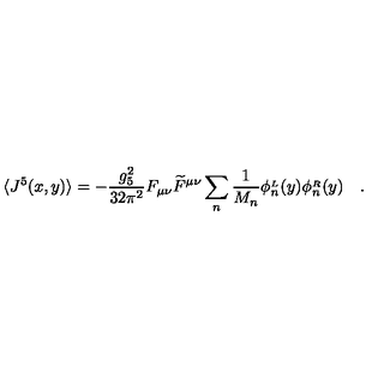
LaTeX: \langle J ^ { 5 } ( x , y ) \rangle = - \frac { g _ { 5 } ^ { 2 } } { 3 2 \pi ^ { 2 } } F _ { \mu \nu } \widetilde { F } ^ { \mu \nu } \sum _ { n } \frac { 1 } { M _ { n } } \phi _ { n } ^ { { } _ { L } } ( y ) \phi _ { n } ^ { { } _ { R } } ( y ) \quad .